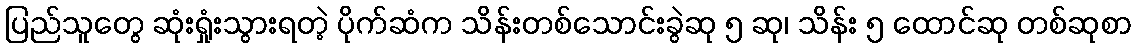
ပြည်သူတွေ ဆုံးရှုံးသွားရတဲ့ ပိုက်ဆံက သိန်းတစ်သောင်းခွဲဆု ၅ ဆု၊ သိန်း ၅ ထောင်ဆု တစ်ဆုစာ